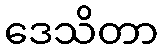
ဒေသိတာ